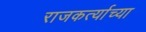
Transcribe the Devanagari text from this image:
राजकर्त्याच्या